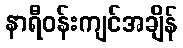
နာရီဝန်းကျင်အချိန်